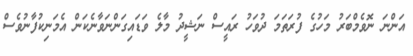
އަންނަ ނޮވެމްބަރު މަހުގެ ފުރަތަމަ ދުވަހު ރައީސް ނަޝީދު މާލެ ވަޑައިގަންނަވާނެކަން އެމަނިކުފާނުވެސް